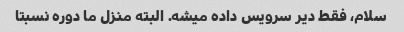
سلام، فقط دیر سرویس داده میشه. البته منزل ما دوره نسبتا